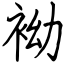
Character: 袎